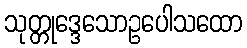
သုတ္တုဒ္ဒေသောဥပေါသထော